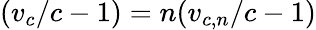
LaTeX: (v_{c}/c-1)=n(v_{c,n}/c-1)